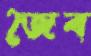
জৈব